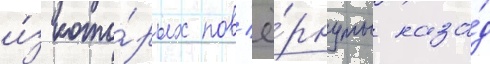
и́з кото́рых пов'ё́рнуты наза́д